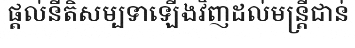
ផ្តល់នីតិសម្បទាឡើងវិញដល់មន្ត្រីជាន់